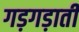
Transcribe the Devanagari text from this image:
गड़गड़ाती